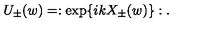
U _ { \pm } ( w ) = : \exp \{ i k X _ { \pm } ( w ) \} : .